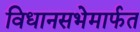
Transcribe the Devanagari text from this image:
विधानसभेमार्फत